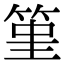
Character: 𥭤